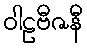
ဝါဠဗီဇနီ